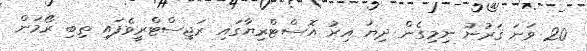
20 ވަނަ ޤަރުނު ނިމިގެން ދިޔަ އިރު އޮސްޓްރިޔާގައި ރަޖިސްޓްރީވެފައި ތިބި ރޯމަން